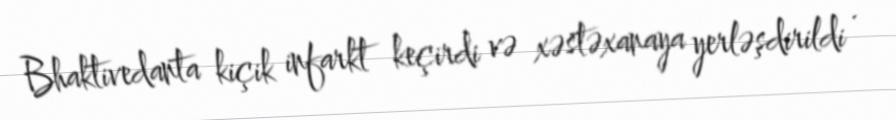
Bhaktivedanta kiçik infarkt keçirdi və xəstəxanaya yerləşdirildi .